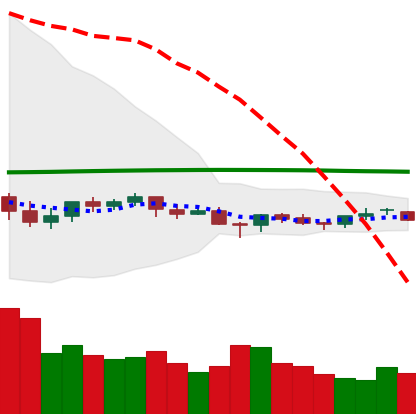
Ticker: LTC-USD
Chart end date: 2021-06-16
Forward return: -25.035%
Label: down_7plus